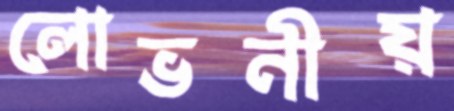
লোভনীয়